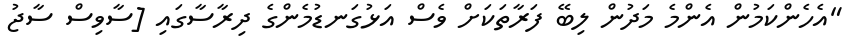
"އެހެންކަމުން އެންމެ މަދުން ލިބޭ ފަރާތަކަށް ވެސް އަޅުގަނޑުމެންގެ ދިރާސާގައި [ސާވިސް ސާޖު